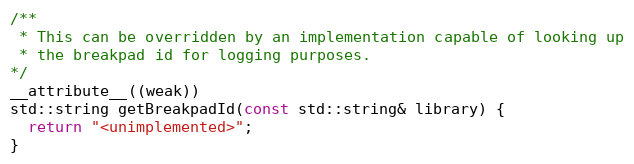
Language: C++
/**
 * This can be overridden by an implementation capable of looking up
 * the breakpad id for logging purposes.
*/
__attribute__((weak))
std::string getBreakpadId(const std::string& library) {
  return "<unimplemented>";
}